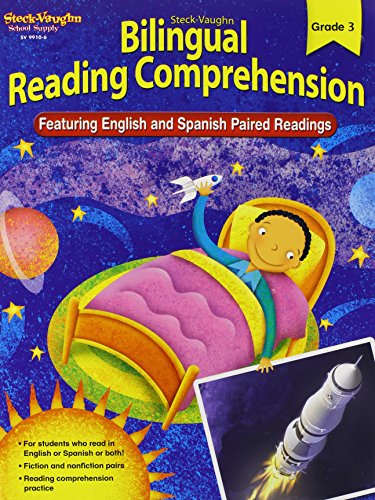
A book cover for Steck-Vaughn Bilingual Reading Comprehension: Reproducible Grade 3; STECK-VAUGHN; Children's Books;